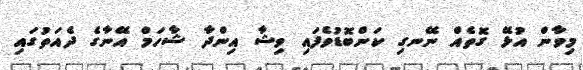
މިވާން އުޅޭ ގޮތެއް ނޭނގި ކަންބޮޑުވެފައި ވިޝާ އިންދާ ޝާހަމް އޭނާގެ ދެއަތުގައި